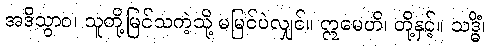
အဒိသွာဝ၊ သူတို့မြင်သကဲ့သို့ မမြင်ပဲလျှင်။ ဣမေဟိ၊ တို့နှင့်။ သဒ္ဓိံ၊